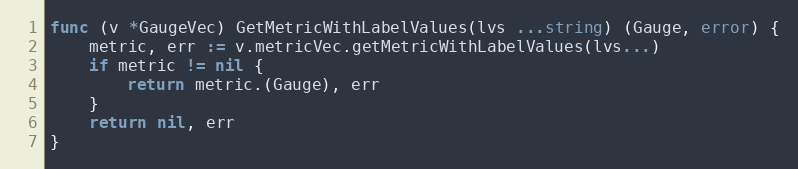
Language: Go
func (v *GaugeVec) GetMetricWithLabelValues(lvs ...string) (Gauge, error) {
	metric, err := v.metricVec.getMetricWithLabelValues(lvs...)
	if metric != nil {
		return metric.(Gauge), err
	}
	return nil, err
}